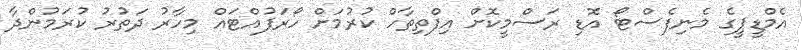
އެމްޑީޕީގެ މެނިފެސްޓޯ އޮޑި ރަސްމީކޮށް އިފްތިތާހް ކުރުމަށް ހޯރަފުއްޓައް މިހާރު ދަތުރު ކުރަމުންދާ